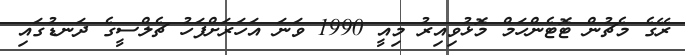
ރޭގެ މެޗުން ޓޮޓެންހަމް މޮޅުވިއިރު މިއީ 1990 ވަނަ އަހަރަށްފަހު ޗެލްސީގެ ދަނޑުގައި